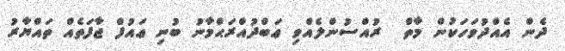
ދެން އެއްދުވަހަކުން މާތް  ރުއްސުންލެއްވި ޢަބްދުއްރަޙްމާނު ބުނި ޢައުފް ޖާފަތެއް ތައްޔާރު